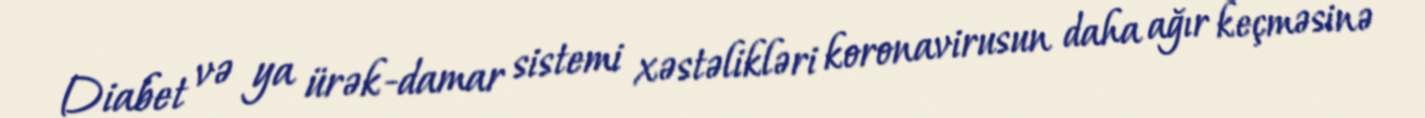
Diabet və ya ürək-damar sistemi xəstəlikləri koronavirusun daha ağır keçməsinə